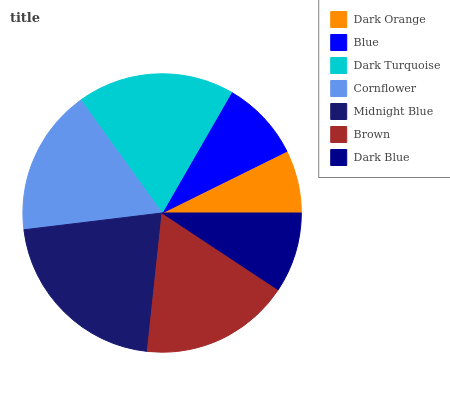
| Dark Orange | Blue | Dark Turquoise | Cornflower | Midnight Blue | Brown | Dark Blue |
 | --- | --- | --- | --- | --- | --- | --- |
 | 7.31% | 9.38% | 18.3% | 17% | 21.3% | 17.4% | 9.3% |